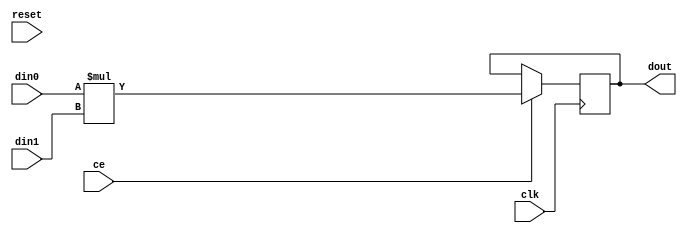
// Copyright (C) 2022, Advanced Micro Devices, Inc. All rights reserved.
// SPDX-License-Identifier: MIT
// ==============================================================
// Version: 2022.1
// ==============================================================

`timescale 1 ns / 1 ps

module pp_pipeline_accel_mul_31ns_21ns_52_2_1(clk, ce, reset, din0, din1, dout);
parameter ID = 1;
parameter NUM_STAGE = 1;
parameter din0_WIDTH = 14;
parameter din1_WIDTH = 12;
parameter dout_WIDTH = 26;
input clk;
input ce;
input reset;
input [din0_WIDTH - 1 : 0] din0;
input [din1_WIDTH - 1 : 0] din1;
output[dout_WIDTH - 1 : 0] dout;
reg signed [dout_WIDTH - 1 : 0] dout;
wire [dout_WIDTH - 1 : 0] tmp_product;

assign tmp_product = din0 * din1;
always @ (posedge clk) begin
    if (ce) begin
        dout <= tmp_product;
    end
end
endmodule